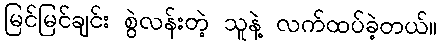
မြင်မြင်ချင်း စွဲလန်းတဲ့ သူနဲ့ လက်ထပ်ခဲ့တယ်။